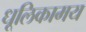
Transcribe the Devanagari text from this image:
धूलिकामय